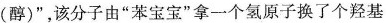
(醇)”，该分子由”苯宝宝”拿一个氢原子换了个羟基